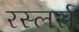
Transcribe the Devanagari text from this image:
रस्लर्स